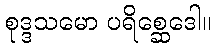
စုဒ္ဒသမော ပရိစ္ဆေဒေါ။